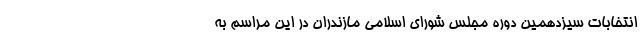
انتخابات سیزدهمین دوره مجلس شورای اسلامی مازندران در این مراسم به